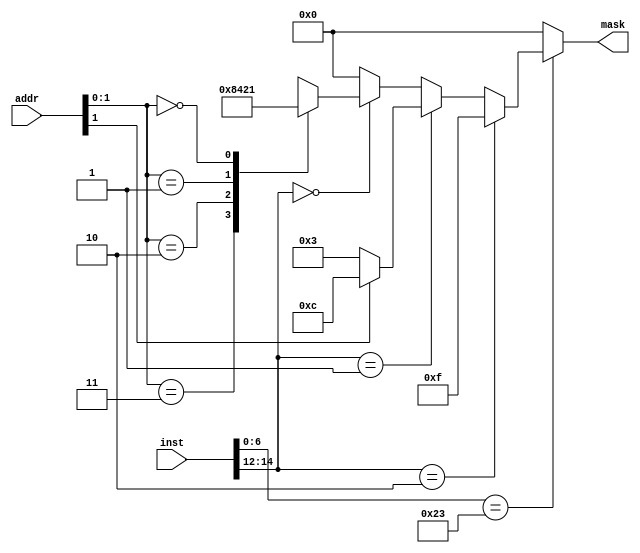
module gen_wr_mask(
    input [31:0] inst,
    input [31:0] addr,
    output reg [3:0] mask
);
    /* 
    1. If the instruction isn't a store type (7'h23), then set the mask to all zeros (write nothing).
    2. If it is a store type
        - If 
    */
    wire [6:0] opc;
    assign opc = inst[6:0];
    
    wire [2:0] func3;
    assign func3 = inst[14:12];

    always @(*) begin
        if (opc == 7'h23) begin
            if (func3 == 3'b010) begin // Store Word
                mask = 4'b1111;
            end 
            else if (func3 == 3'b001) begin // Store Half Word
                if (addr[1] == 1) begin
                    mask = 4'b1100;
                end else begin
                    mask = 4'b0011;
                end
            end
            else if (func3 == 3'b000) begin // Store byte
                case(addr[1:0])
                    'd3: mask = 4'b1000;
                    'd2: mask = 4'b0100;
                    'd1: mask = 4'b0010;
                    'd0: mask = 4'b0001;
                    default: mask = 4'b0000; 
                endcase
            end 
            else begin
                mask = 4'b0000;
            end
        end else begin
            mask = 4'b0000;
        end
    end
endmodule